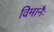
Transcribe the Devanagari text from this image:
विमानैः